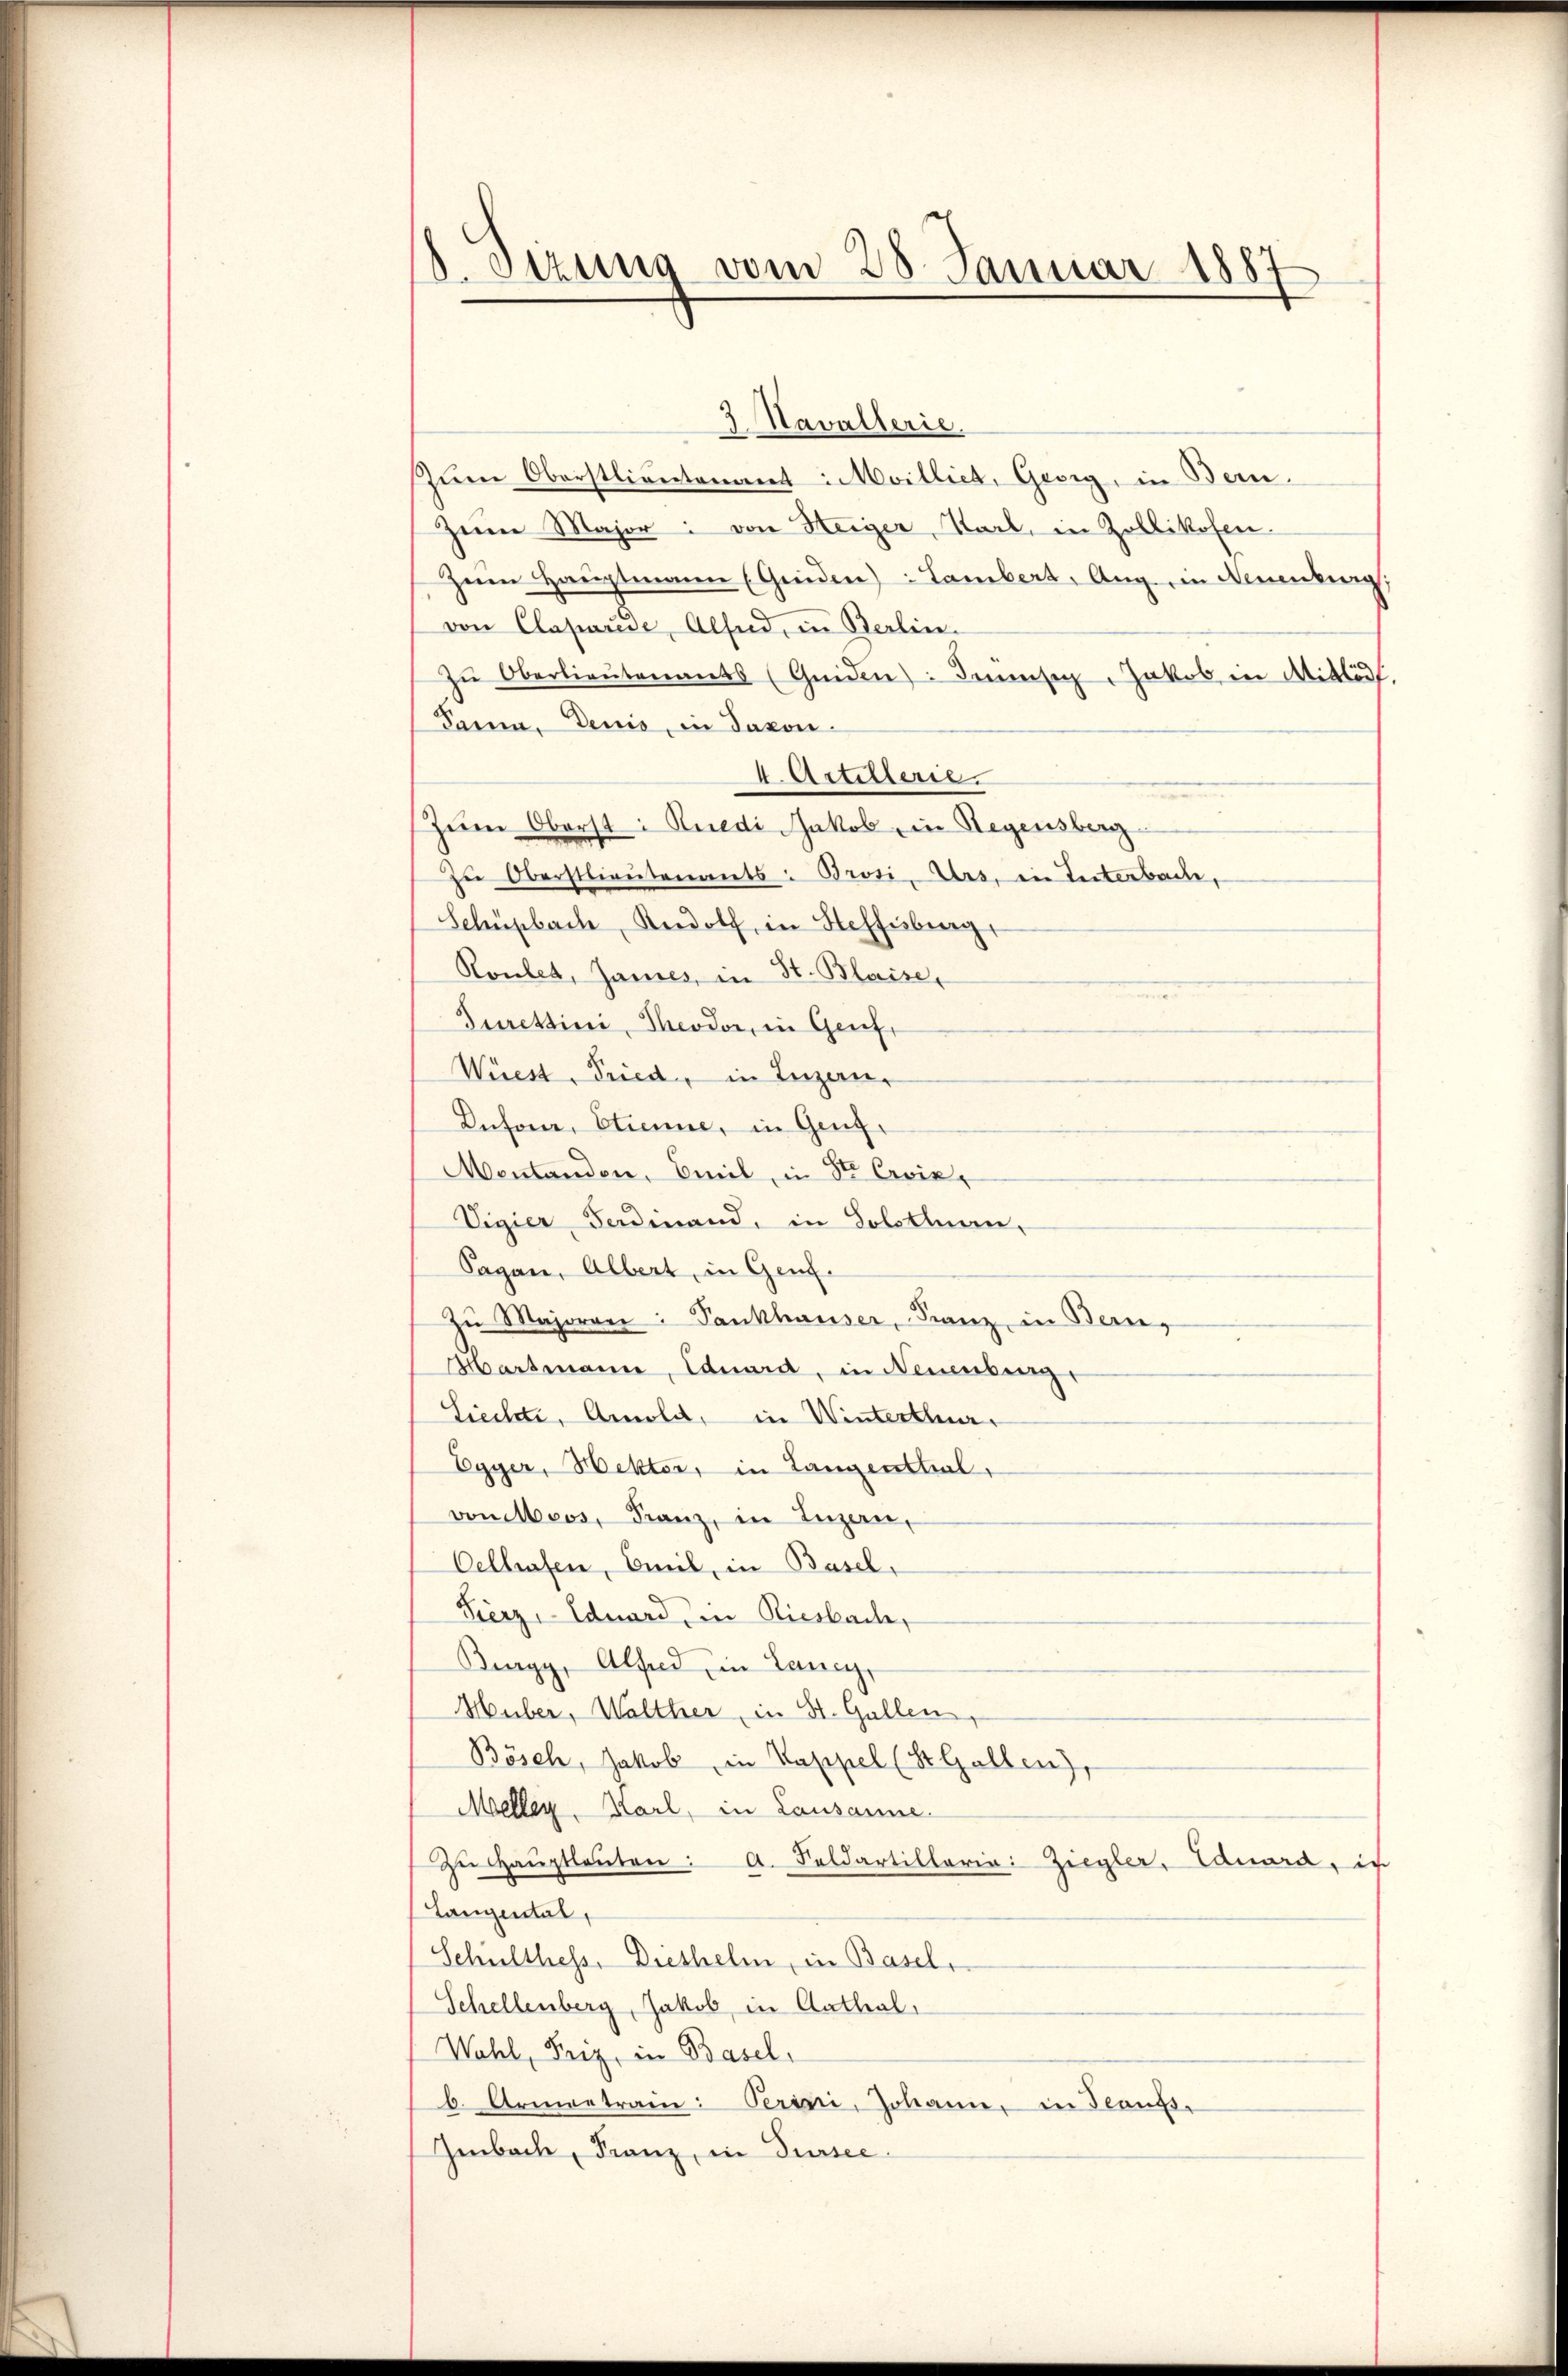
Sizung vom 28. Januar 1887

Zum Oberstlivertenamt Meilliet, Georg, in Bern.
Zeim Major: von Heiger, Starb, in Zollikofen-
Zeim Hauptmann (Greden Lambert, Aug in Neuenburg,
von Claparese, Alfeld, in Berlin.
zŭ Oberlieŭtenants (Geiden: demsig, Jakob in Mitlä
Pama, Deuis, in Saxon¬
4 Artillerie.
Zeine Oberst: Kredi Jakob in Regensberg
Zŭ Oberstlieutenants: Brosi,Ars, in Interbache,
Schüpbach, Rudolf, in Steffisburg,
Rolet, James, in St. Blaise,
Jurettini, Theodor, in Genf,
Wüest, Fried, in Luzern,
Inforn, Etienne, in Genf,
Mentanden, Emil, in Sr. Croix,
Vigier Ferdinand, in Solothurn,
Sagan, Albert, in Genf.
Zŭ Majoren: Pankhauser, Franz in Bern,
Hartmann, Eduard, in Neuenburg,
Liechte, Arnold, in Winterthur,
Egyer, Hektor, in Langenthal,
von Moos, Franz, in Inzern,
Celhofen, Emil, in Basel,
Fierz, Edward, in Riesbach,
Burgy, Alfred in Laney,
Huber, Walther, in St. Gallen,
Bösch, Jakob, in Kappel (St. Gallen),
Meller, Karl, in Lausanne.
Zŭ Haŭptleŭten: A. Soldartillaria: Ziegler, Eduard, in
Langental,
Schulthess, Diethelm, in Basels
Schellenberg, Jakob in Aathal,
Wahl, Teig, in Basel,
b. Armentrain: Perini, Johann in Taufs-
Imbach, Franz, in Sursee

3 Navallerie.